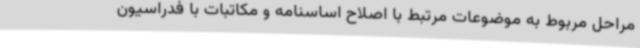
مراحل مربوط به موضوعات مرتبط با اصلاح اساسنامه و مکاتبات با فدراسیون